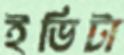
ইভিটা